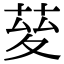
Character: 𦯩